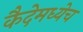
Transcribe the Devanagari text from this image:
कैदेमध्येच